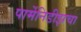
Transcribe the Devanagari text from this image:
पार्मेनिडीझचा